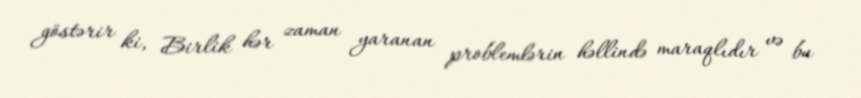
göstərir ki, Birlik hər zaman yaranan problemlərin həllində maraqlıdır və bu